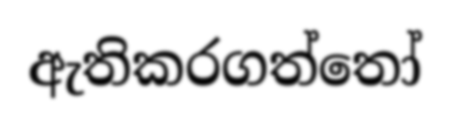
ඇතිකරගත්තෝ